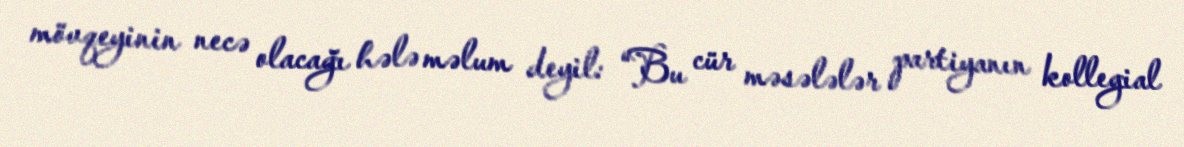
mövqeyinin necə olacağı hələ məlum deyil: “Bu cür məsələlər partiyanın kollegial